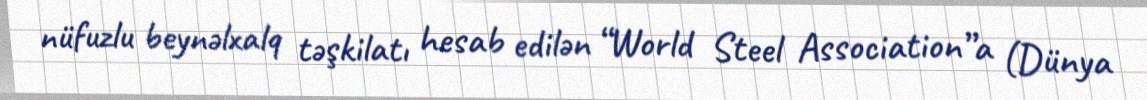
nüfuzlu beynəlxalq təşkilatı hesab edilən “World Steel Association”a (Dünya